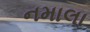
નમાલા